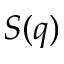
S ( q )